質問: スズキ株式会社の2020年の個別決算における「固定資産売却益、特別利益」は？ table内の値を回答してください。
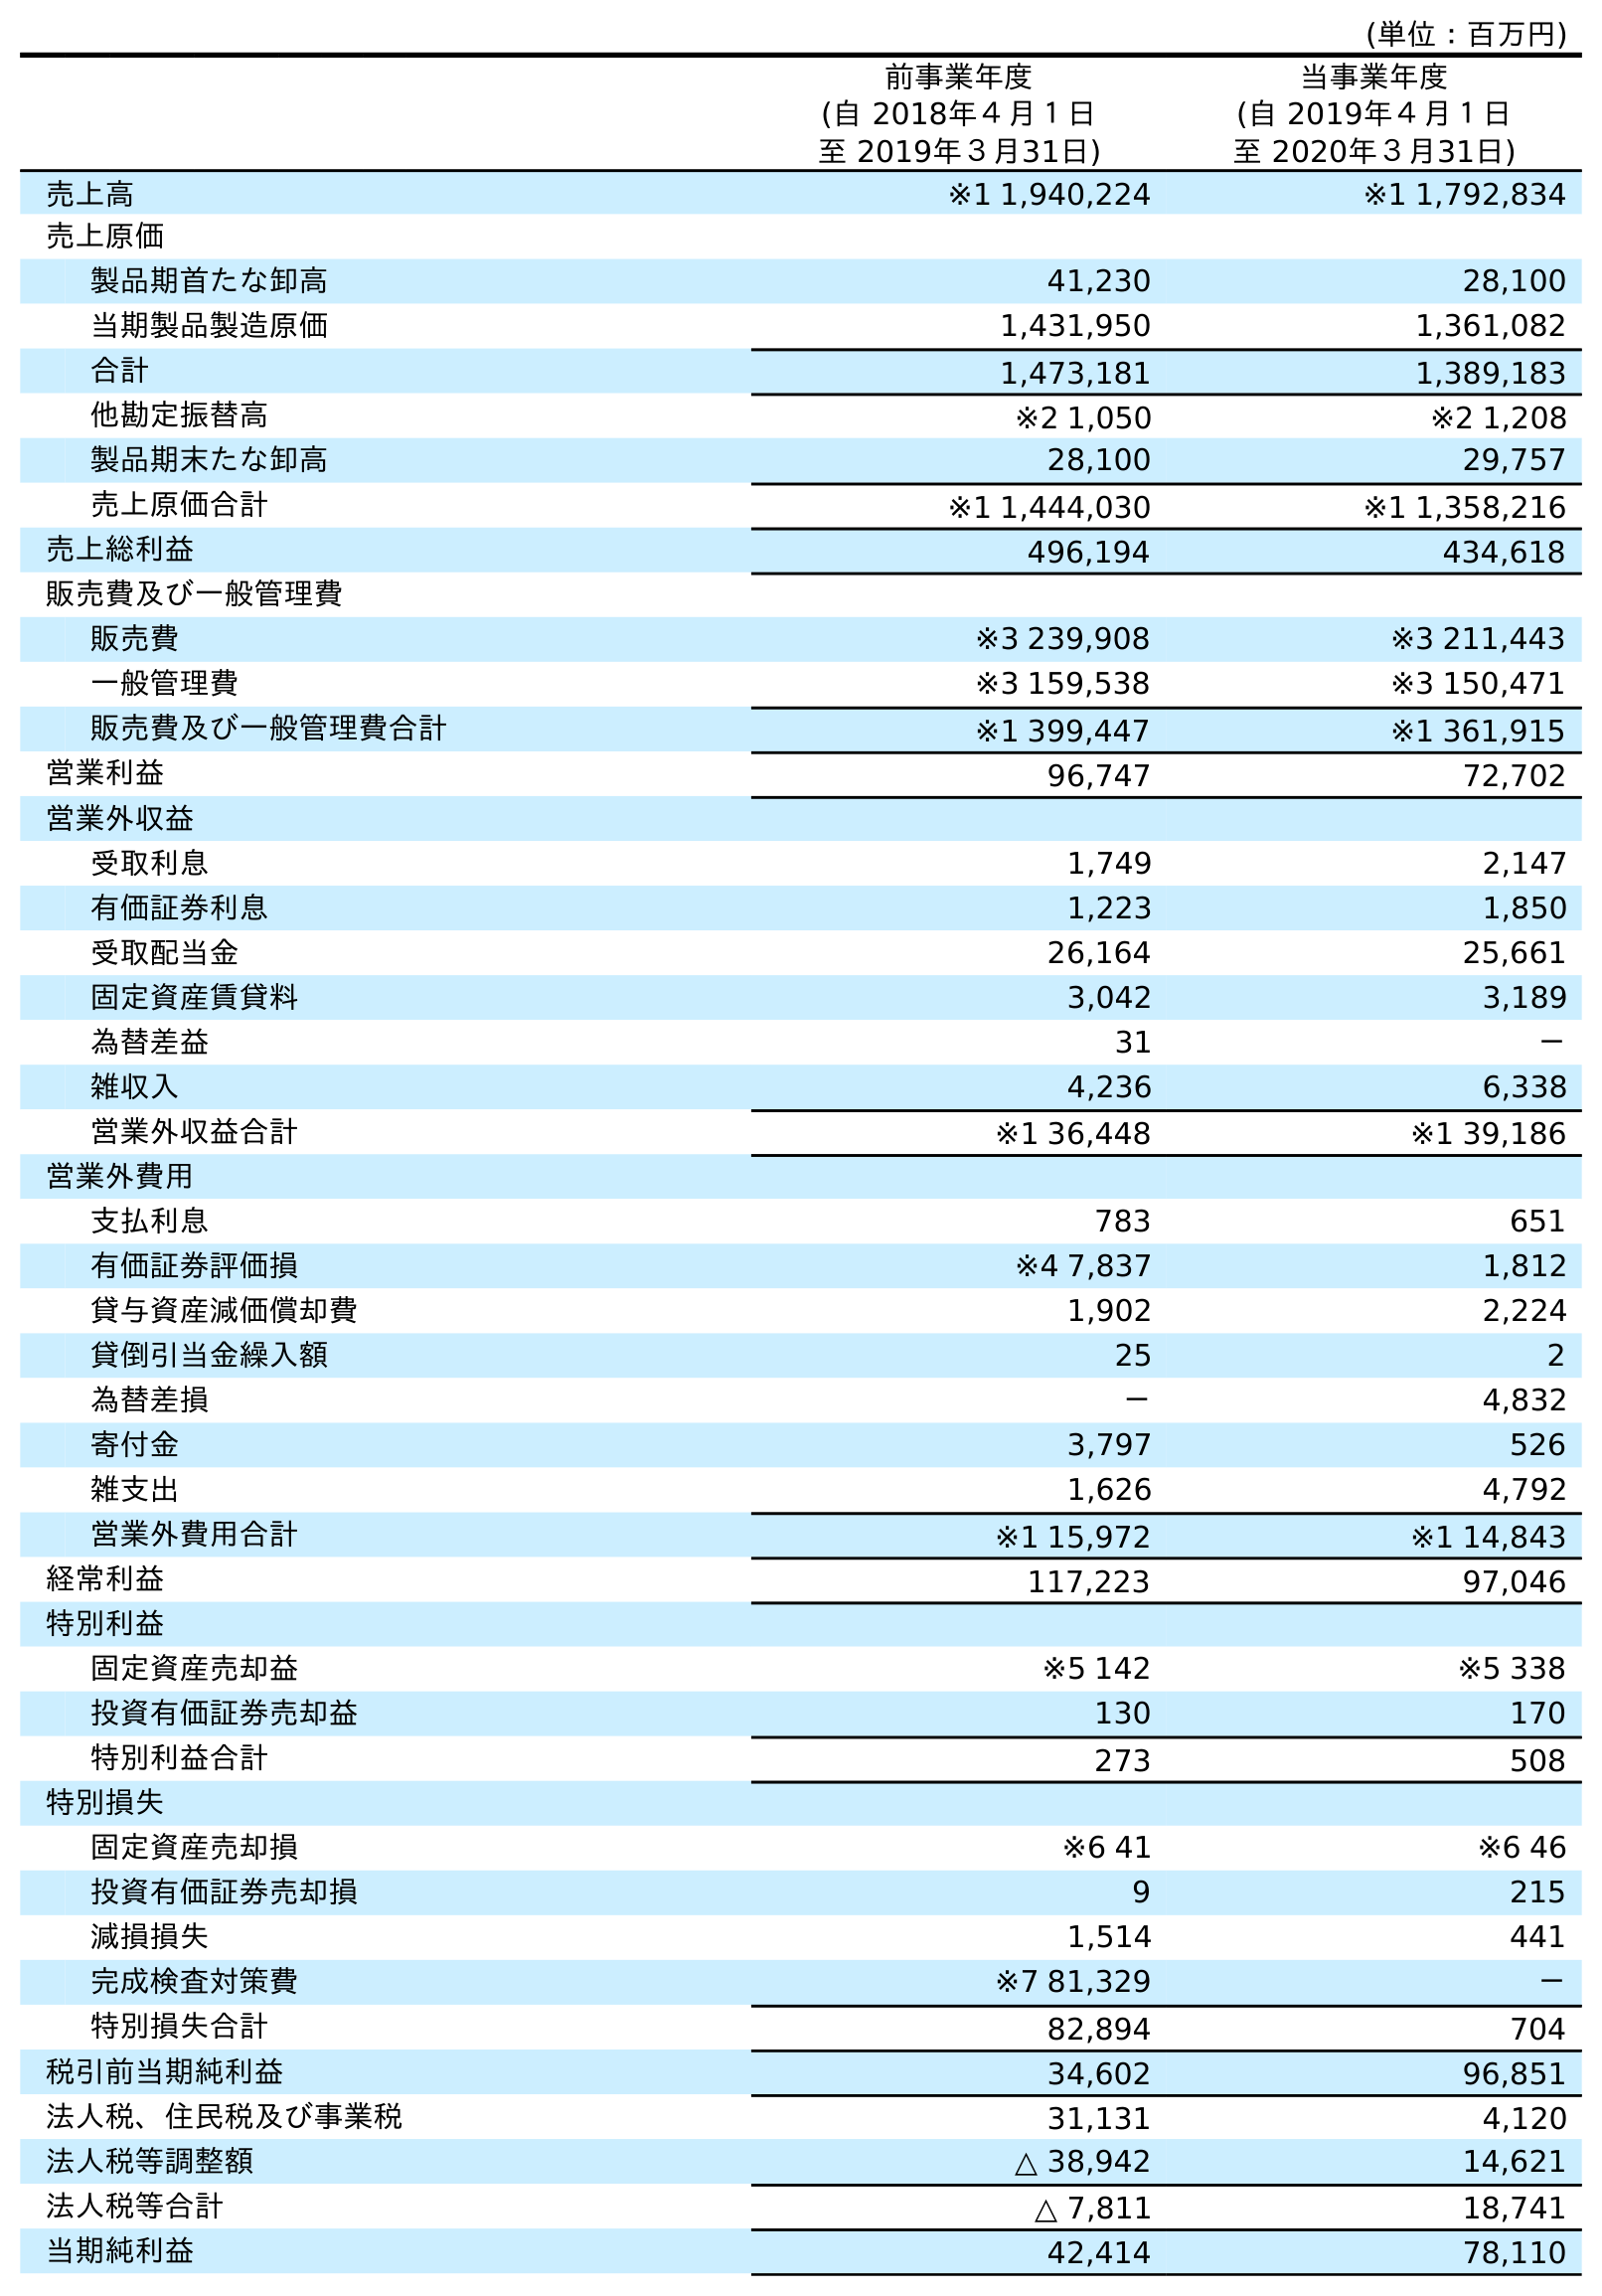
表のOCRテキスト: (単位：百万円) 前事業年度 (自 2018年４月１日 至 2019年３月31日) 当事業年度 (自 2019年４月１日 至 2020年３月31日) 売上高 ※1 1,940,224 ※1 1,792,834 売上原価 製品期首たな卸高 41,230 28,100 当期製品製造原価 1,431,950 1,361,082 合計 1,473,181 1,389,183 他勘定振替高 ※2 1,050 ※2 1,208 製品期末たな卸高 28,100 29,757 売上原価合計 ※1 1,444,030 ※1 1,358,216 売上総利益 496,194 434,618 販売費及び一般管理費 販売費 ※3 239,908 ※3 211,443 一般管理費 ※3 159,538 ※3 150,471 販売費及び一般管理費合計 ※1 399,447 ※1 361,915 営業利益 96,747 72,702 営業外収益 受取利息 1,749 2,147 有価証券利息 1,223 1,850 受取配当金 26,164 25,661 固定資産賃貸料 3,042 3,189 為替差益 31 － 雑収入 4,236 6,338 営業外収益合計 ※1 36,448 ※1 39,186 営業外費用 支払利息 783 651 有価証券評価損 ※4 7,837 1,812 貸与資産減価償却費 1,902 2,224 貸倒引当金繰入額 25 2 為替差損 － 4,832 寄付金 3,797 526 雑支出 1,626 4,792 営業外費用合計 ※1 15,972 ※1 14,843 経常利益 117,223 97,046 特別利益 固定資産売却益 ※5 142 ※5 338 投資有価証券売却益 130 170 特別利益合計 273 508 特別損失 固定資産売却損 ※6 41 ※6 46 投資有価証券売却損 9 215 減損損失 1,514 441 完成検査対策費 ※7 81,329 － 特別損失合計 82,894 704 税引前当期純利益 34,602 96,851 法人税、住民税及び事業税 31,131 4,120 法人税等調整額 △ 38,942 14,621 法人税等合計 △ 7,811 18,741 当期純利益 42,414 78,110
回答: ※5338